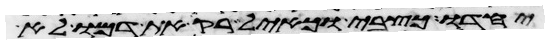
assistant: יחדו כצבי וכאיל רק את דמו לא